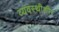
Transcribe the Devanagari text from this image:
व्यवस्थीशीर